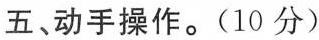
五、动手操作。(10分)